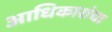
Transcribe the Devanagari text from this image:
आधिकारांचा